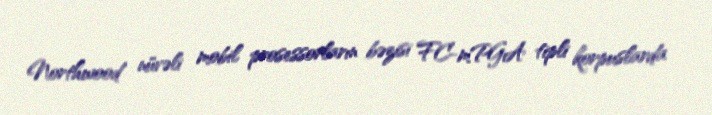
Northwood nüvəli mobil prosessorların bəzisi FC-mPGA tipli korpuslarda